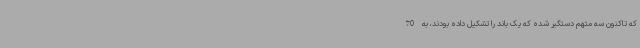
که تاکنون سه متهم دستگیر شده که یک باند را تشکیل داده بودند، به 70